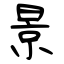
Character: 景